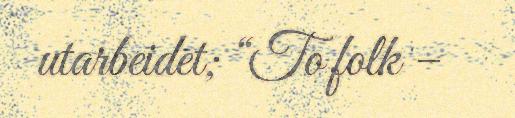
utarbeidet; “To folk –